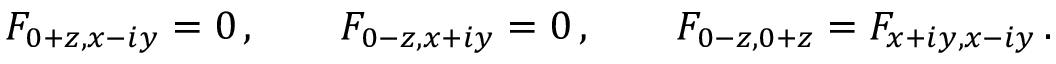
F _ { 0 + z , x - i y } = 0 \, , \qquad F _ { 0 - z , x + i y } = 0 \, , \qquad F _ { 0 - z , 0 + z } = F _ { x + i y , x - i y } \, .